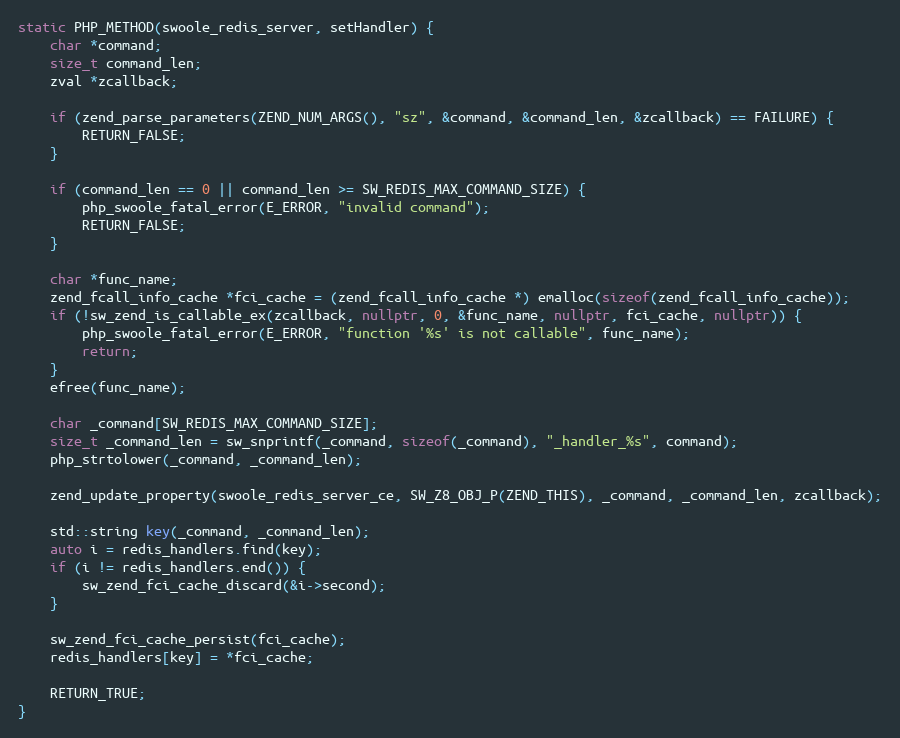
Language: C++
static PHP_METHOD(swoole_redis_server, setHandler) {
    char *command;
    size_t command_len;
    zval *zcallback;

    if (zend_parse_parameters(ZEND_NUM_ARGS(), "sz", &command, &command_len, &zcallback) == FAILURE) {
        RETURN_FALSE;
    }

    if (command_len == 0 || command_len >= SW_REDIS_MAX_COMMAND_SIZE) {
        php_swoole_fatal_error(E_ERROR, "invalid command");
        RETURN_FALSE;
    }

    char *func_name;
    zend_fcall_info_cache *fci_cache = (zend_fcall_info_cache *) emalloc(sizeof(zend_fcall_info_cache));
    if (!sw_zend_is_callable_ex(zcallback, nullptr, 0, &func_name, nullptr, fci_cache, nullptr)) {
        php_swoole_fatal_error(E_ERROR, "function '%s' is not callable", func_name);
        return;
    }
    efree(func_name);

    char _command[SW_REDIS_MAX_COMMAND_SIZE];
    size_t _command_len = sw_snprintf(_command, sizeof(_command), "_handler_%s", command);
    php_strtolower(_command, _command_len);

    zend_update_property(swoole_redis_server_ce, SW_Z8_OBJ_P(ZEND_THIS), _command, _command_len, zcallback);

    std::string key(_command, _command_len);
    auto i = redis_handlers.find(key);
    if (i != redis_handlers.end()) {
        sw_zend_fci_cache_discard(&i->second);
    }

    sw_zend_fci_cache_persist(fci_cache);
    redis_handlers[key] = *fci_cache;

    RETURN_TRUE;
}